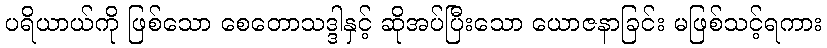
ပရိယာယ်ကို ဖြစ်သော စေတောသဒ္ဒါနှင့် ဆိုအပ်ပြီးသော ယောဇနာခြင်း မဖြစ်သင့်ရကား